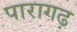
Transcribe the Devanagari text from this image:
पारागढ़